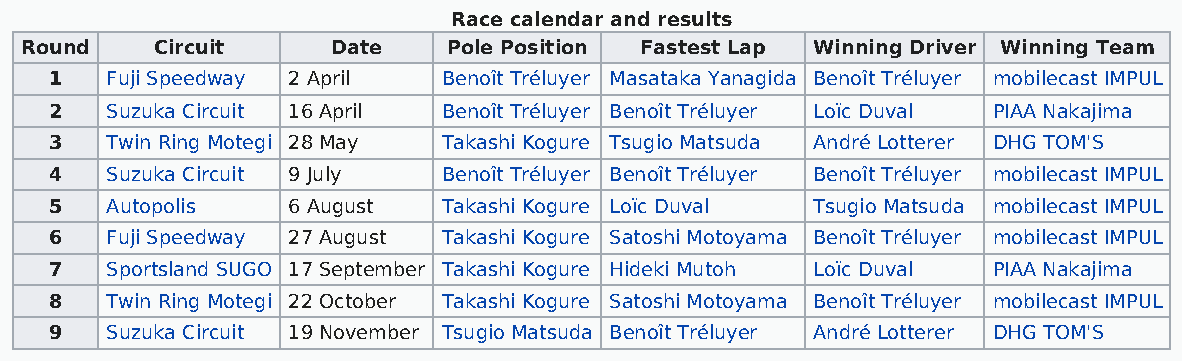
Race calendar and results
 Round    Circuit     Date    Pole Position Fastest Lap Winning Driver Winning Team
 1   Fuji Speedway 2 April Benoît Tréluyer Masataka Yanagida Benoît Tréluyer mobilecast IMPUL
 2   Suzuka Circuit 16 April Benoît Tréluyer Benoît Tréluyer Loïc Duval PIAA Nakajima
 3   Twin Ring Motegi 28 May Takashi Kogure Tsugio Matsuda André Lotterer DHG TOM'S
 4   Suzuka Circuit 9 July Benoît Tréluyer Benoît Tréluyer Benoît Tréluyer mobilecast IMPUL
 5   Autopolis   6 August  Takashi Kogure Loïc Duval Tsugio Matsuda mobilecast IMPUL
 6   Fuji Speedway 27 August Takashi Kogure Satoshi Motoyama Benoît Tréluyer mobilecast IMPUL
 7   Sportsland SUGO 17 September Takashi Kogure Hideki Mutoh Loïc Duval PIAA Nakajima
 8   Twin Ring Motegi 22 October Takashi Kogure Satoshi Motoyama Benoît Tréluyer mobilecast IMPUL
 9   Suzuka Circuit 19 November Tsugio Matsuda Benoît Tréluyer André Lotterer DHG TOM'S